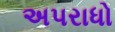
અપરાધો